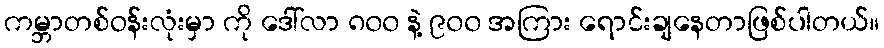
ကမ္ဘာတစ်ဝန်းလုံးမှာ ကို ဒေါ်လာ ၈၀၀ နဲ့ ၉၀၀ အကြား ရောင်းချနေတာဖြစ်ပါတယ်။